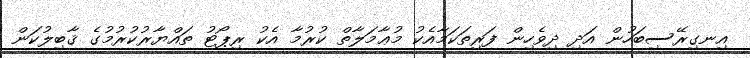
އިނގިރޭސިބަހުން އަދި ދިވެހިން ފަރިތަކަމާއެކު މުޢާމަލާތް ކުރުމާ އެކު ރިޕޯޓު ތައްޔާރުކުރުމުގެ ޤާބިލުކަން